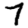
Digit: 7